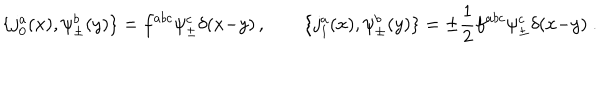
\{ j _ { 0 } ^ { a } ( x ) , \psi _ { \pm } ^ { b } ( y ) \} = f ^ { a b c } \psi _ { \pm } ^ { c } \delta ( x { - } y ) \, , \qquad \{ j _ { 1 } ^ { a } ( x ) , \psi _ { \pm } ^ { b } ( y ) \} = \pm { \frac { 1 } { 2 } } f ^ { a b c } \psi _ { \pm } ^ { c } \delta ( x { - } y ) \ .